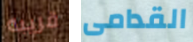
قريبه القدامى